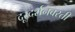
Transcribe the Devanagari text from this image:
दूरदर्शनवरती